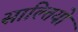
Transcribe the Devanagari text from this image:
साल्तियो